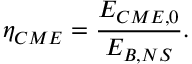
\eta _ { C M E } = \frac { E _ { C M E , 0 } } { E _ { B , N S } } .